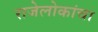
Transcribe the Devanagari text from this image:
राजेलोकांचा